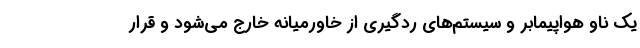
یک ناو هواپیمابر و سیستم‌های ردگیری از خاورمیانه خارج می‌شود و قرار